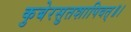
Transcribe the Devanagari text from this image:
कुबेरसुतशापिवत्‌॥।